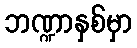
ဘဏ္ဍာနှစ်မှာ